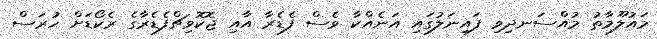
މައުލޫމާތު މުއްސަނދިވި ފައިނަލުގައި އަނެއްކާ ވެސް ފެޑެރާ އާއި ޖޮކޮވިޗްފެޑެރާގެ ރެކޯޑަށް ހުރަސް